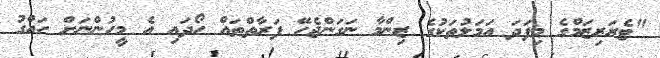
"ޓެރަރިޒަމްގެ މިފަދަ އަމަލުތަކުގެ ޒިންމާ ނަގަންޖެހޭ ފަރާތްތައް ހޯދައި އެ މީީހުންނަަށް ހައްގު